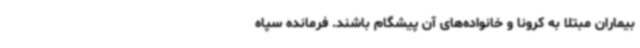
بیماران مبتلا به کرونا و خانواده‌های آن پیشگام باشند. فرمانده سپاه